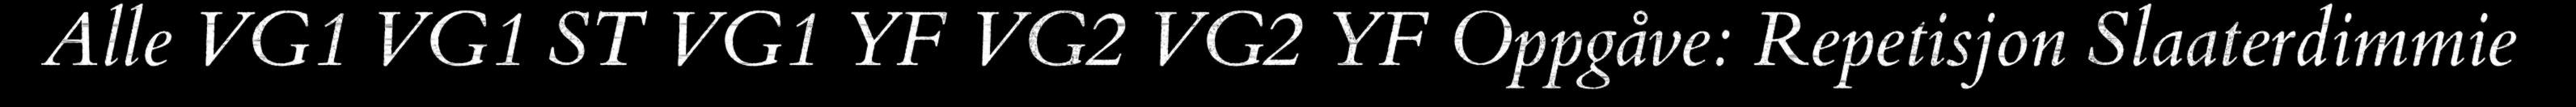
Alle VG1 VG1 ST VG1 YF VG2 VG2 YF Oppgåve: Repetisjon Slaaterdimmie